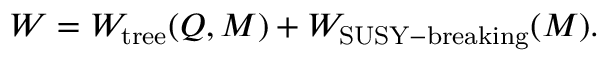
W = W _ { \mathrm { t r e e } } ( Q , M ) + W _ { \mathrm { S U S Y - b r e a k i n g } } ( M ) .